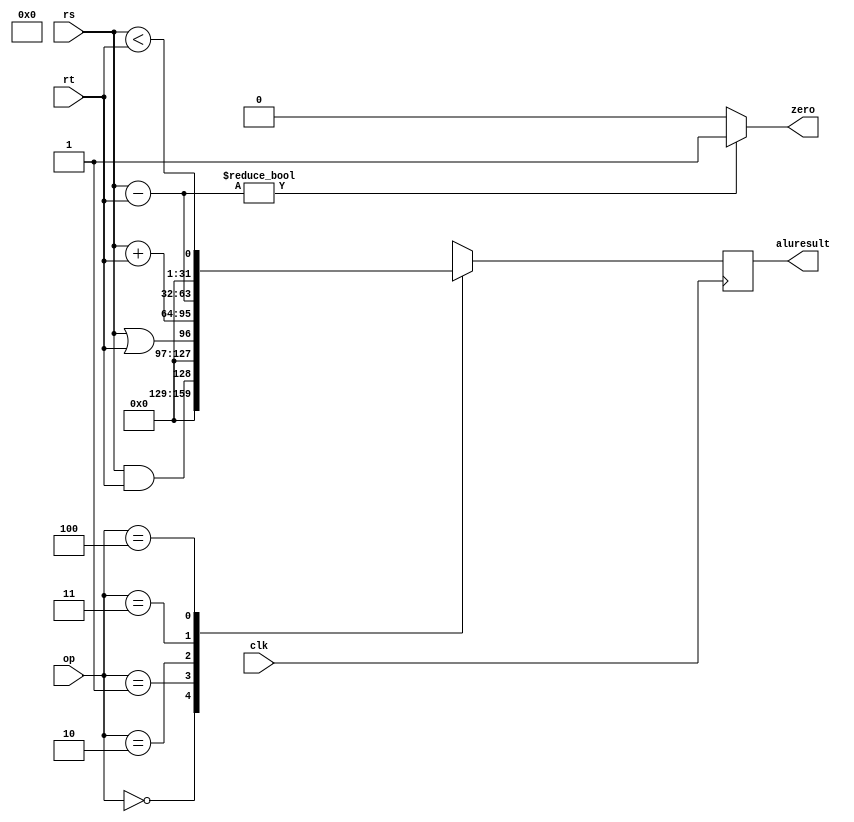
`timescale 1ns / 1ps
//////////////////////////////////////////////////////////////////////////////////
// Company: 
// Engineer: 
// 
// Design Name: 
// Module Name: alu
// Project Name: 
// Target Devices: 
// Tool Versions: 
// Description: 
// 
// Dependencies: 
// 
// Revision:
// Revision 0.01 - File Created
// Additional Comments:
// 
//////////////////////////////////////////////////////////////////////////////////


module alu(rs,rt,op,clk,zero,aluresult

    );
    input [31:0] rs;
    input [31:0] rt;
    input clk;
    input [2:0] op;
    output  zero;
    output reg [31:0] aluresult;
    always@(posedge clk)
    begin
    case(op)
    3'b000: aluresult<=rs&&rt;
    3'b001: aluresult<=rs||rt;
    3'b010: aluresult<=rs+rt;
    3'b011: aluresult<=rs-rt;
    3'b100: aluresult<=rs<rt;
    default: aluresult<=3'bxxx;
    endcase
    end
    assign zero=(rs-rt)?1:0;
    endmodule